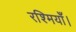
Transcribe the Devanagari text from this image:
रश्मियाँ।